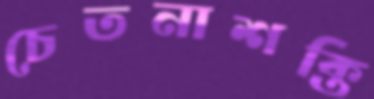
চেতনাশক্তি